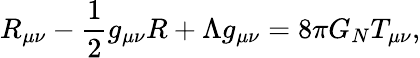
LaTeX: R_{\mu\nu}-\frac{1}{2}g_{\mu\nu}R+\Lambda g_{\mu\nu}=8\pi G_{N}T_{\mu\nu},